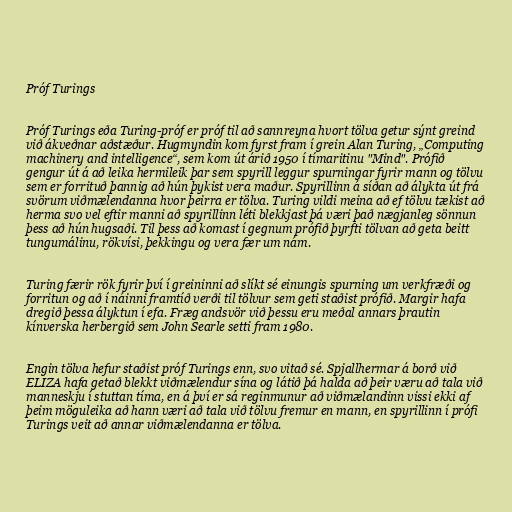
Próf Turings

Próf Turings eða Turing-próf er próf til að sannreyna hvort tölva getur sýnt greind
við ákveðnar aðstæður. Hugmyndin kom fyrst fram í grein Alan Turing, „Computing
machinery and intelligence“, sem kom út árið 1950 í tímaritinu "Mind". Prófið
gengur út á að leika hermileik þar sem spyrill leggur spurningar fyrir mann og tölvu
sem er forrituð þannig að hún þykist vera maður. Spyrillinn á síðan að álykta út frá
svörum viðmælendanna hvor þeirra er tölva. Turing vildi meina að ef tölvu tækist að
herma svo vel eftir manni að spyrillinn léti blekkjast þá væri það nægjanleg sönnun
þess að hún hugsaði. Til þess að komast í gegnum prófið þyrfti tölvan að geta beitt
tungumálinu, rökvísi, þekkingu og vera fær um nám.

Turing færir rök fyrir því í greininni að slíkt sé einungis spurning um verkfræði og
forritun og að í náinni framtíð verði til tölvur sem geti staðist prófið. Margir hafa
dregið þessa ályktun í efa. Fræg andsvör við þessu eru meðal annars þrautin
kínverska herbergið sem John Searle setti fram 1980.

Engin tölva hefur staðist próf Turings enn, svo vitað sé. Spjallhermar á borð við
ELIZA hafa getað blekkt viðmælendur sína og látið þá halda að þeir væru að tala við
manneskju í stuttan tíma, en á því er sá reginmunur að viðmælandinn vissi ekki af
þeim möguleika að hann væri að tala við tölvu fremur en mann, en spyrillinn í prófi
Turings veit að annar viðmælendanna er tölva.